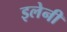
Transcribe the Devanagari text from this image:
इलेनी